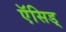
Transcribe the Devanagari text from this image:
ऍसिड्